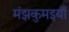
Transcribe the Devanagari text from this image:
मंझकुमइयाँ